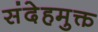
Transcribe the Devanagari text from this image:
संदेहमुक्त